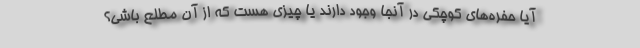
آیا حفره‌های کوچکی در آنجا وجود دارند یا چیزی هست که از آن مطلع باشی؟